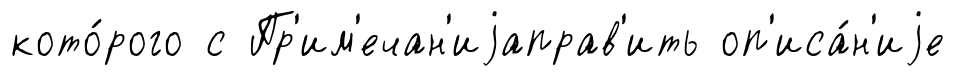
кото́рого с Пр'им'ечан'иjаправ'ить оп'иса́н'иjе